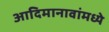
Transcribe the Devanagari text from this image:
आदिमानावांमध्ये